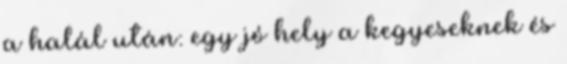
a halál után: egy jó hely a kegyeseknek és